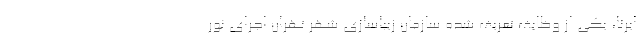
ایرنا، یکی از وظایف تعریف شده سازمان زیباسازی شهر تهران اجرای نور